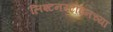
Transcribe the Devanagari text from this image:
लिश्टनस्टाइनच्या